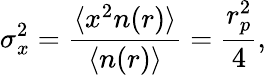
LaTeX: \sigma_{x}^{2}=\frac{\langle x^{2}n(r)\rangle}{\langle n(r)\rangle}=\frac{r_{p}^{2}}{4},